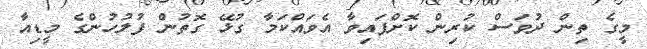
މީގެ ތިން ދުވަސް ކުރިން ކޮށްފައިވާ އެވައްކަމާ ގުޅޭ ގޮތުން ފުލުހުންގެ މީޑިއާ